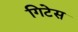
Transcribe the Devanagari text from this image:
गिटेस